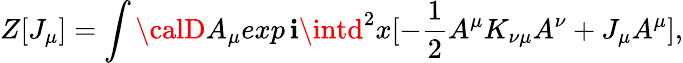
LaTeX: Z[J_{\mu}]=\int{\calD}A_{\mu}exp\, \mathbf{i}\intd^{2}x[-{\frac{{1}}{{2}}}A^{\mu}K_{\nu\mu}A^{\nu}+J_{\mu}A^{\mu}],